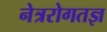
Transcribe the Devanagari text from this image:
नेत्ररोगतज्ञ